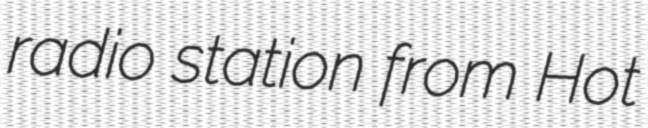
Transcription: radio station from Hot